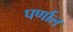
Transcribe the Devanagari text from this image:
पर्णाल